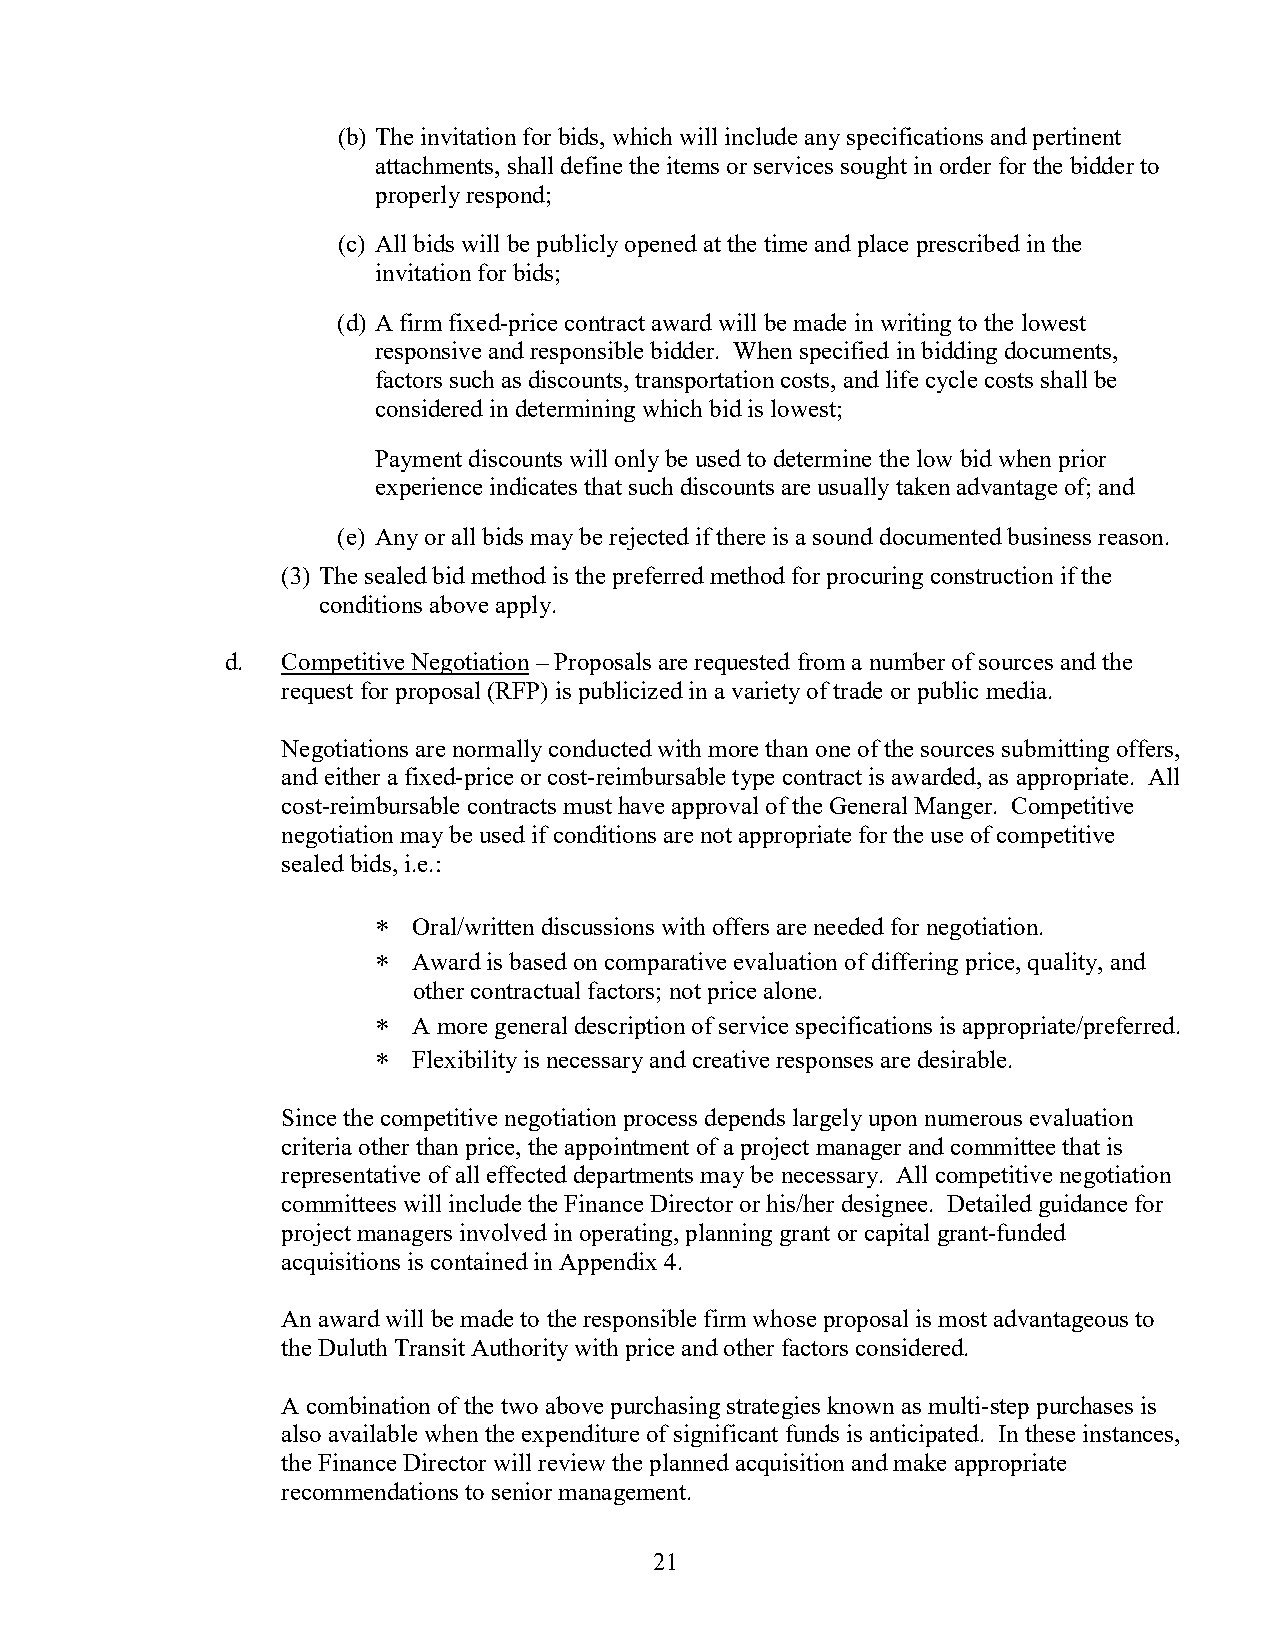
(b) The invitation for bids, which will include any specifications and pertinent
 attachments, shall define the items or services sought in order for the bidder to
 properly respond;
 (c) All bids will be publicly opened at the time and place prescribed in the
 invitation for bids;
 (d) A firm fixed-price contract award will be made in writing to the lowest
 responsive and responsible bidder. When specified in bidding documents,
 factors such as discounts, transportation costs, and life cycle costs shall be
 considered in determining which bid is lowest;
 Payment discounts will only be used to determine the low bid when prior
 experience indicates that such discounts are usually taken advantage of; and
 (e) Any or all bids may be rejected if there is a sound documented business reason.
 (3) The sealed bid method is the preferred method for procuring construction if the
 conditions above apply.
 d.  Competitive Negotiation – Proposals are requested from a number of sources and the
 request for proposal (RFP) is publicized in a variety of trade or public media.
 Negotiations are normally conducted with more than one of the sources submitting offers,
 and either a fixed-price or cost-reimbursable type contract is awarded, as appropriate. All
 cost-reimbursable contracts must have approval of the General Manger. Competitive
 negotiation may be used if conditions are not appropriate for the use of competitive
 sealed bids, i.e.:
 ∗ Oral/written discussions with offers are needed for negotiation.
 ∗ Award is based on comparative evaluation of differing price, quality, and
 other contractual factors; not price alone.
 ∗ A more general description of service specifications is appropriate/preferred.
 ∗ Flexibility is necessary and creative responses are desirable.
 Since the competitive negotiation process depends largely upon numerous evaluation
 criteria other than price, the appointment of a project manager and committee that is
 representative of all effected departments may be necessary. All competitive negotiation
 committees will include the Finance Director or his/her designee. Detailed guidance for
 project managers involved in operating, planning grant or capital grant-funded
 acquisitions is contained in Appendix 4.
 An award will be made to the responsible firm whose proposal is most advantageous to
 the Duluth Transit Authority with price and other factors considered.
 A combination of the two above purchasing strategies known as multi-step purchases is
 also available when the expenditure of significant funds is anticipated. In these instances,
 the Finance Director will review the planned acquisition and make appropriate
 recommendations to senior management.
 21